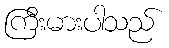
ကြီးမားပါသည်